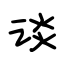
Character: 谈